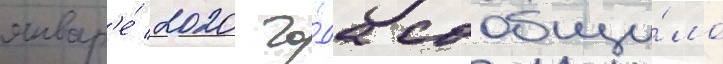
январ'е́ 2020 го́да сообщи́ло